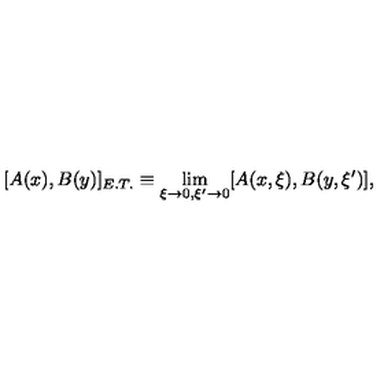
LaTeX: [ A ( x ) , B ( y ) ] _ { E . T . } \equiv \lim _ { \xi \to 0 , \xi ^ { \prime } \to 0 } [ A ( x , \xi ) , B ( y , \xi ^ { \prime } ) ] ,